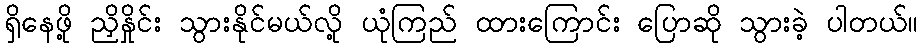
ရှိနေဖို့ ညှိနှိုင်း သွားနိုင်မယ်လို့ ယုံကြည် ထားကြောင်း ပြောဆို သွားခဲ့ ပါတယ်။